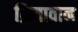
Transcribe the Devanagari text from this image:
क्रियावान